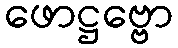
ဖောဋ္ဌဗ္ဗော